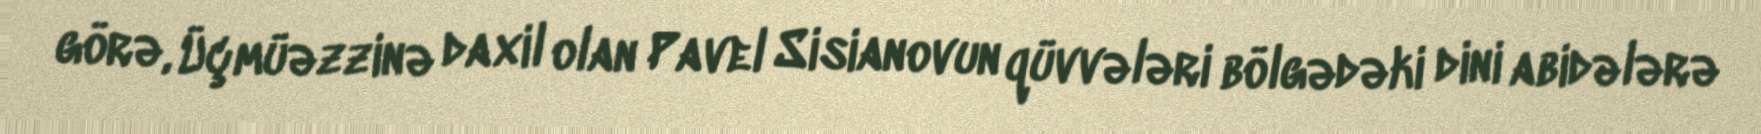
görə, Üçmüəzzinə daxil olan Pavel Sisianovun qüvvələri bölgədəki dini abidələrə